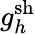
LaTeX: {g}_{h}^{\mathrm{sh}}